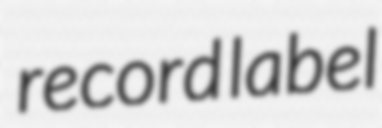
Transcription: record label